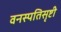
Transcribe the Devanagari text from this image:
वनस्पतिसृष्टी